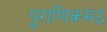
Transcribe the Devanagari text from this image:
पुराणिकमठ